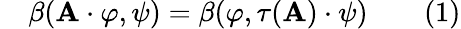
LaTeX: \quad\beta(\mathbf{A}\cdot\varphi,\psi)=\beta(\varphi,\tau(\mathbf{A})\cdot\psi)\qquad(1)